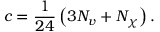
c = \frac { 1 } { 2 4 } \left( 3 N _ { v } + N _ { \chi } \right) .